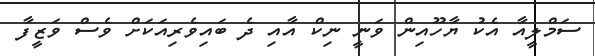
ސަމްލީއާ އެކު ޔާހޫއިން ވަނީ ނިކް އާއި ދެ ބައިވެރިއަކަށް ވެސް ވަޒީފާ